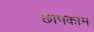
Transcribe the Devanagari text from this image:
छापकाम